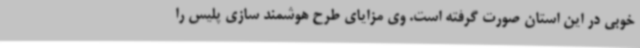
خوبی در این استان صورت گرفته است. وی مزایای طرح هوشمند سازی پلیس را